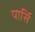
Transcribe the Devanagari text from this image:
पार्सि